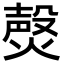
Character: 㷫